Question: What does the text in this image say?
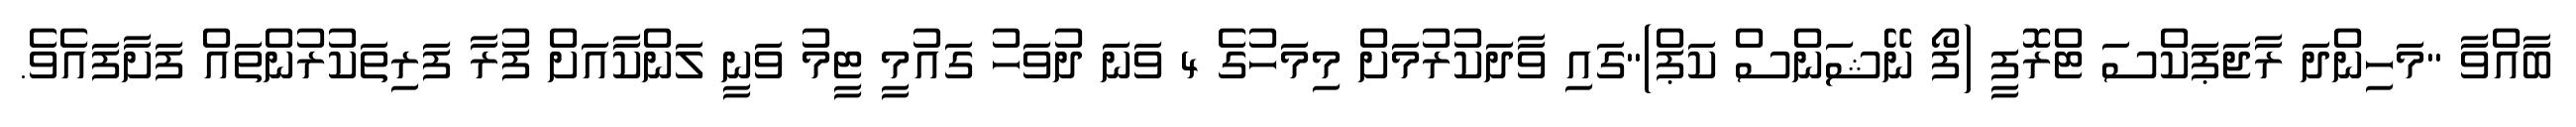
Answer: ބާއްވާ "މަހިންދަ ރާޖަޕަކްސަ ޓްރޮފީ (ފޯ ނޭޝަންސް ކަޕް)"ގައި ވާދަކުރުމަށް މިމަހުގެ 4 ވަނަ ދުވަހު ގައުމީ ޓީމު ވަނީ ލަންކާއަށް ފުރާ ފަރިތަކުރުންތައް ފަށާފައެވެ.